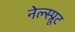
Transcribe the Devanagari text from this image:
नेल्स्प्रूट